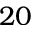
2 0